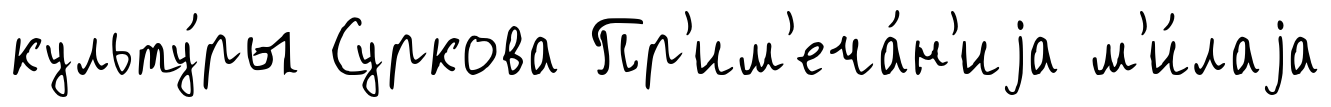
культу́ры Суркова Пр'им'еча́н'иjа м'и́лаjа